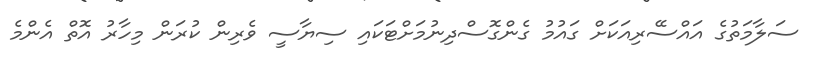
ސަލާމަތުގެ އައްސޭރިއަކަށް ގައުމު ގެންގޮސްދިނުމަށްޓަކައި ސިޔާސީ ވެރިން ކުރަން މިހާރު އޮތް އެންމެ